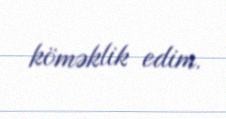
köməklik edim.